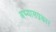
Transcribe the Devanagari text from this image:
अभ्यासप्रकार